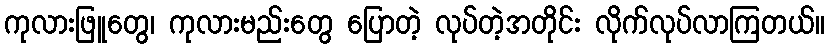
ကုလားဖြူတွေ၊ ကုလားမည်းတွေ ပြောတဲ့ လုပ်တဲ့အတိုင်း လိုက်လုပ်လာကြတယ်။